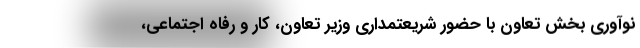
نوآوری بخش تعاون با حضور شریعتمداری وزیر تعاون، کار و رفاه اجتماعی،